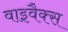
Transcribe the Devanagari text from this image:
वाइवैक्स